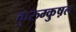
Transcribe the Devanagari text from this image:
कुरुम्कुष़ल